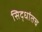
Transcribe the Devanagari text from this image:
सिद्धांतच